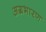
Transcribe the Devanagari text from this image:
अग्रभारण